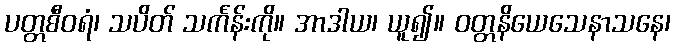
ပတ္တစီဝရံ၊ သပိတ် သင်္ကန်းကို။ အာဒါယ၊ ယူ၍။ ဝတ္တနိယေသေနာသနေ၊